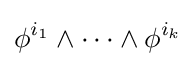
\phi ^{i_{1}}\wedge \cdots \wedge \phi ^{i_{k}}